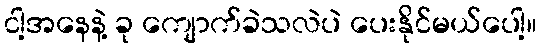
ငါ့အနေနဲ့ ခု ကျောက်ခဲသလဲပဲ ပေးနိုင်မယ်ပေါ့။